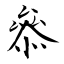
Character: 叅